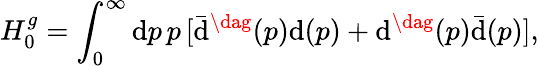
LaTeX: H_{0}^{g}=\int_{0}^{\infty}\mathrm{d}p\, p\, [{\bar{{\mathrm{d}}}}^{\dag}(p)\mathrm{d}(p)+\mathrm{d}^{\dag}(p)\bar{{\mathrm{d}}}(p)],